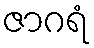
ဇာဂရံ